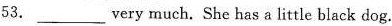
53.___ very much. She has a little black dog.